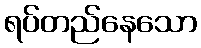
ရပ်တည်နေသော